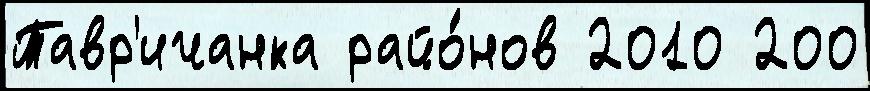
Тавр'ичанка райо́нов 2010 200